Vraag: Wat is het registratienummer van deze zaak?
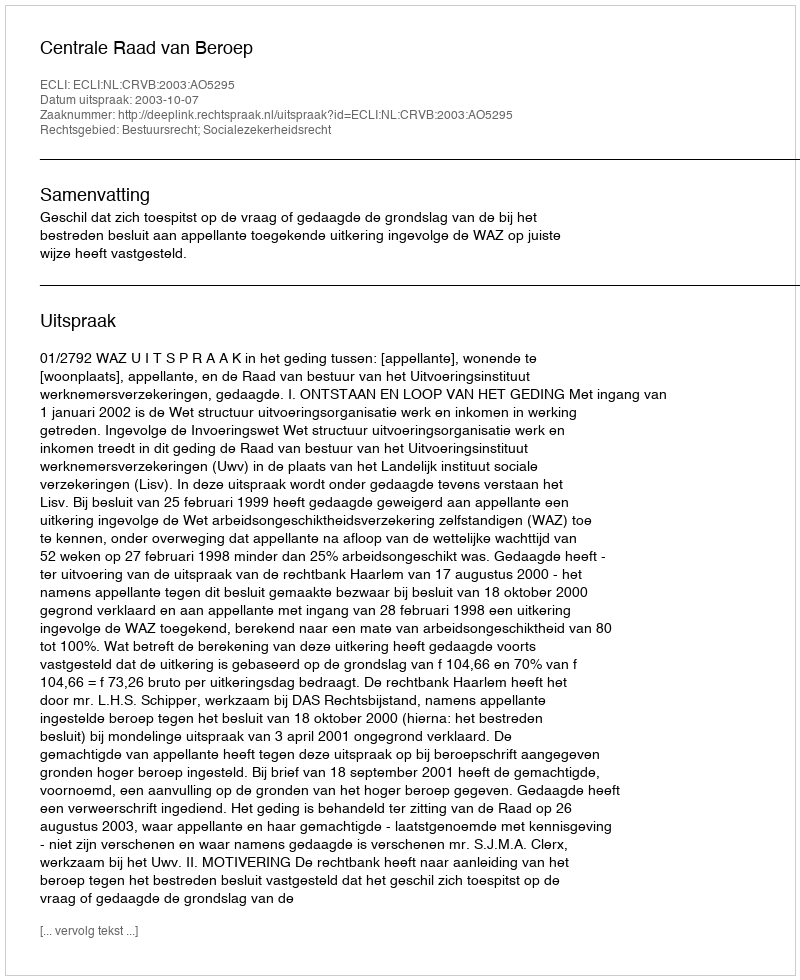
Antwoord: http://deeplink.rechtspraak.nl/uitspraak?id=ECLI:NL:CRVB:2003:AO5295